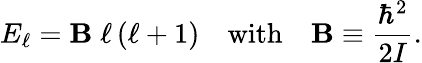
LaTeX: E_{\ell}=\mathbf{B}\; \ell\left(\ell+1\right)\quad{\textrm{{with}}}\quad\mathbf{B}\equiv{\frac{{\hbar^{2}}}{{2I}}}.